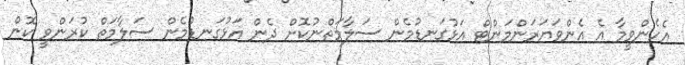
އެހެންވީމާ އެ އެންވަޔަރަންމަންޓް އަޅުގަނޑުމެން ސަލާމަތްނުކޮށް ދެން އަޅުގަނޑުމެން ސަލާމަތް ކުރަންވީ ކޮން